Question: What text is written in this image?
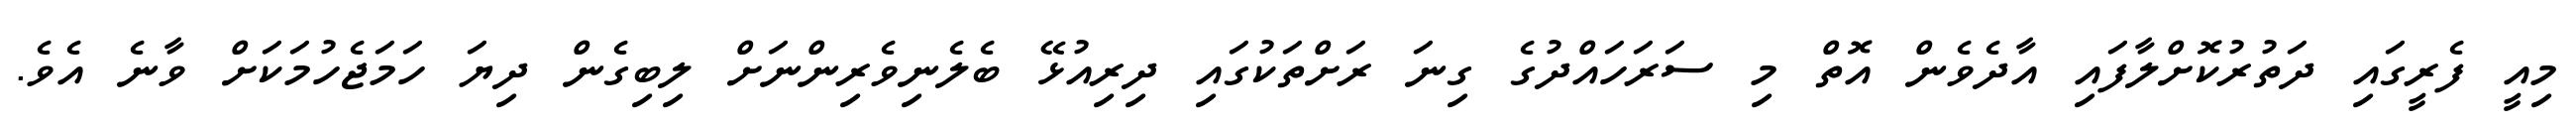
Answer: މިއީ ފެރީގައި ދަތުރުކޮށްލާފައި އާދެވެން އޮތް މި ސަރަހައްދުގެ ގިނަ ރަށްތަކުގައި ދިރިއުޅޭ ބެލެނިވެރިންނަށް ލިބިގެން ދިޔަ ހަމަޖެހުމަކަށް ވާނެ އެވެ.